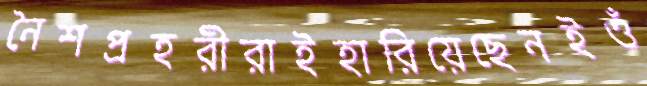
নৈশপ্রহরীরাইহারিয়েছেনইওঁ